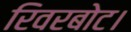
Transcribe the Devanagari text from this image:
रिवरबोट।